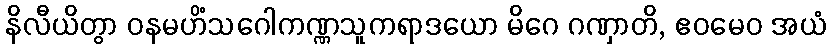
နိလီယိတွာ ဝနမဟိံသဂေါကဏ္ဏသူကရာဒယော မိဂေ ဂဏှာတိ, ဧဝမေဝ အယံ